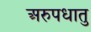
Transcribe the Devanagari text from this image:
अरुपधातु